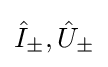
{\hat {I}}_{\pm },{\hat {U}}_{\pm }